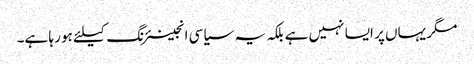
مگر یہاں پر ایسا نہیں ہے بلکہ یہ سیاسی انجینئرنگ کیلئے ہو رہا ہے۔